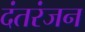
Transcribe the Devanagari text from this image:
दंतरंजन